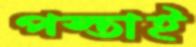
পস্তাই